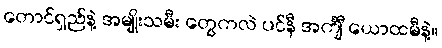
တောင်ရှည်နဲ့ အမျိုးသမီး တွေကလဲ ပင်နီ အင်္ကျီ ယောထမီနဲ့။